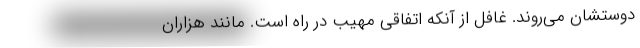
دوستشان می‌روند. غافل از آنکه اتفاقی مهیب در راه است. مانند هزاران